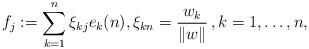
\begin{align*}f_j:=\sum_{k=1}^n \xi_{kj}e_k(n), \xi_{kn}=\frac{w_k}{\|w\|}\,, k=1,\ldots,n,\end{align*}